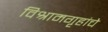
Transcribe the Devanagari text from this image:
विश्रामगृहांचे